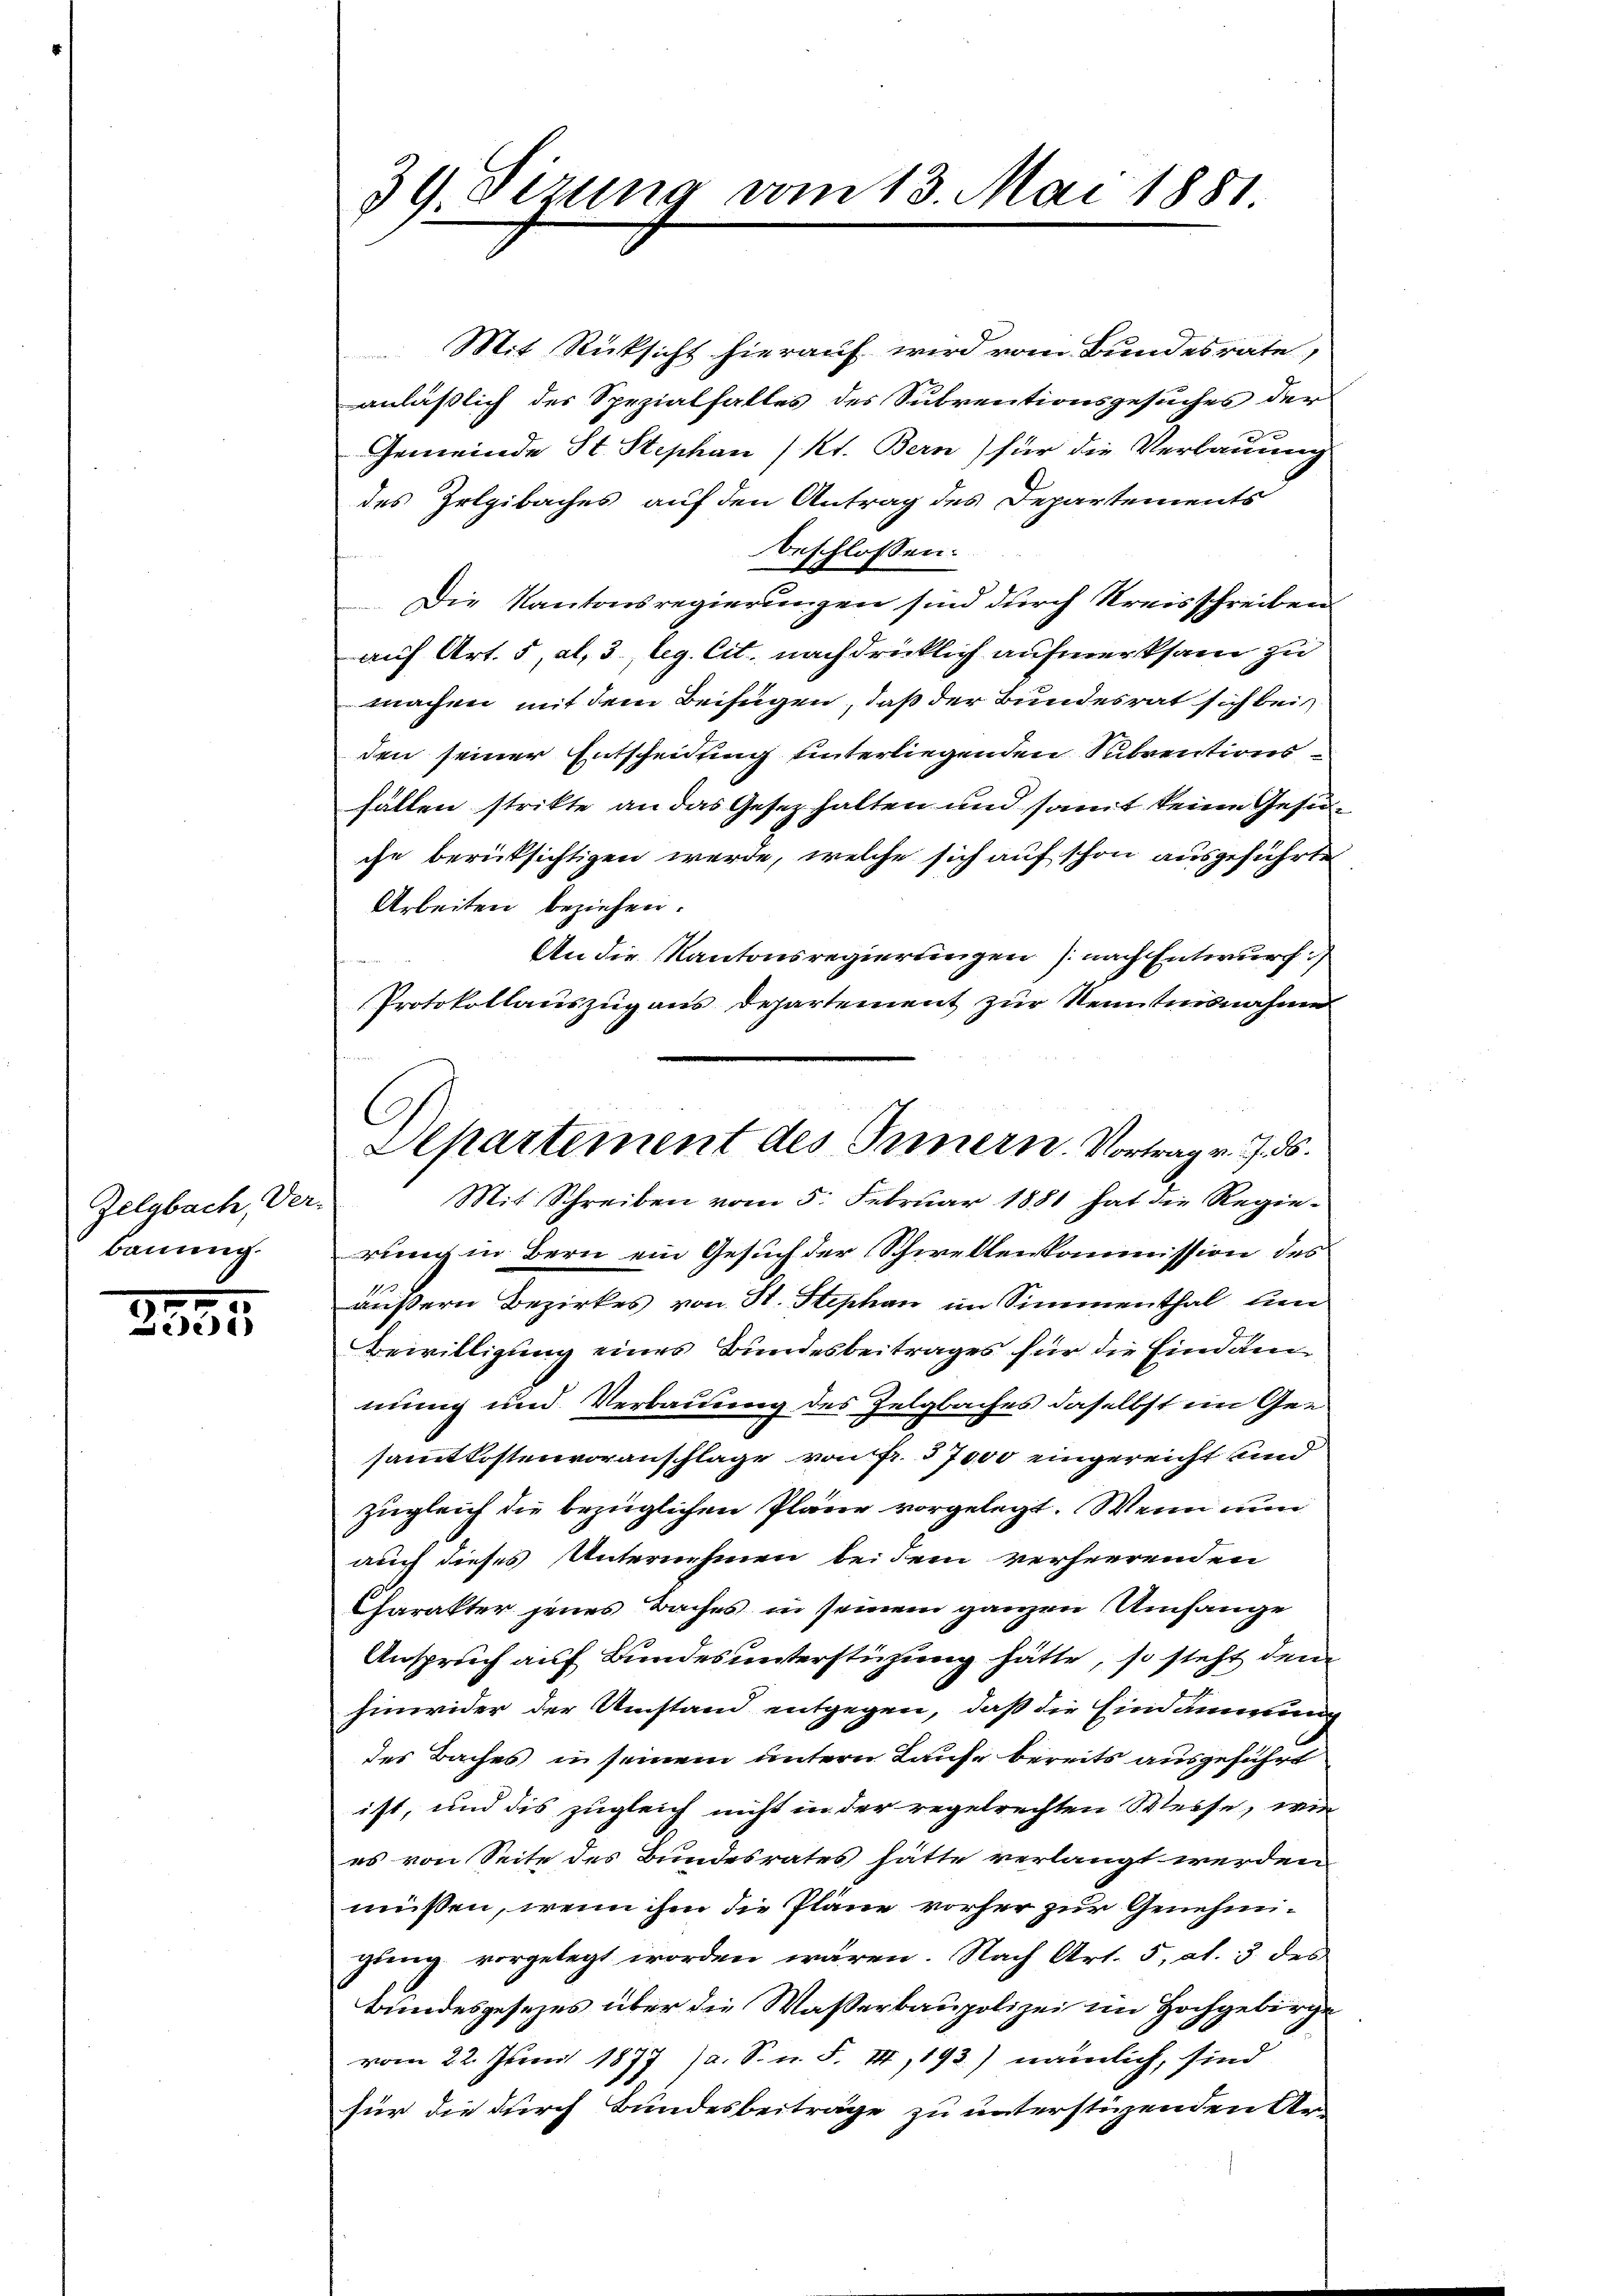
Zelgbach, Ver-
bauung.

2855

39. Sizung vom 13. Mai 1881.

Mit Rücksicht hierauf wird vom Bundesrate,
anläßlich des Spezialfalles des Subventionsgesuches der
Gemeinde St. Stephan (kt. Bern) für die Verbauung
des Zelgibaches auf den Antrag des Departements
beschlossen:
Die Kantonsregierungen sind durch Kreisschreiben
auf Art. 5, al, 3 leg. lit. nachdrücklich aufmerksam zu
machen mit dem Beifügen, daß der Bundesrat sich bei
den seiner Entscheidung unterliegenden Subventionsfällen strikte an das Gesez halten und somit keine Gesuche berüksichtigen werde, welche sich auf schon ausgeführte
Arbeiten beziehen.
An die Kantonsregierungen (nach Entwurf
Protokollauszug aus Departement zur Kenntnisnahme
Mit Schreiben vom 5. Februar 1881 hat die Regie-
rung in Bern ein Gesuch der Schwellenkommission des
äußern Bezirkes von St. Stephan im Simmenthal, den
Bewilligung eines Bundesbeitrages für die Eindam
mung und Verbauung des Zelgbaches daselbst ein Gesamtkostenvoranschlage von fr. 57000 eingereicht und
zugleich die bezüglichen Pläne vorgelegt. Wenn nun
auch dieses Unternehmen bei dem verheerenden
Charakter jenes Baches in seinem ganzen Umfange
Anspruch auf Bundes unterstüzung hätte, so steht dem
hinwider der Umstand entgegen, daß die Eindammung
des Baches in seinem untern Laufe bereits ausgeführt
ist, und dis zugleich nicht in der regelrechten Weise, wie
es von Seite des Bundesrates hätte verlangt werden
müssen, wenn ihm die Pläne vorher zur Genehmgung vorgelegt worden wären. Nach Art. 5, Al. 3 des
bundesgesezes über die Wasserbaupolizei im Hochgebirge
vom 22. Juni 1877 (a. S. n. F. II, 193) nämlich, sind
für die durch Bundesbeiträge zu unterstüzenden An-

Apartement des Innern. Vortrag v. 7. ds.